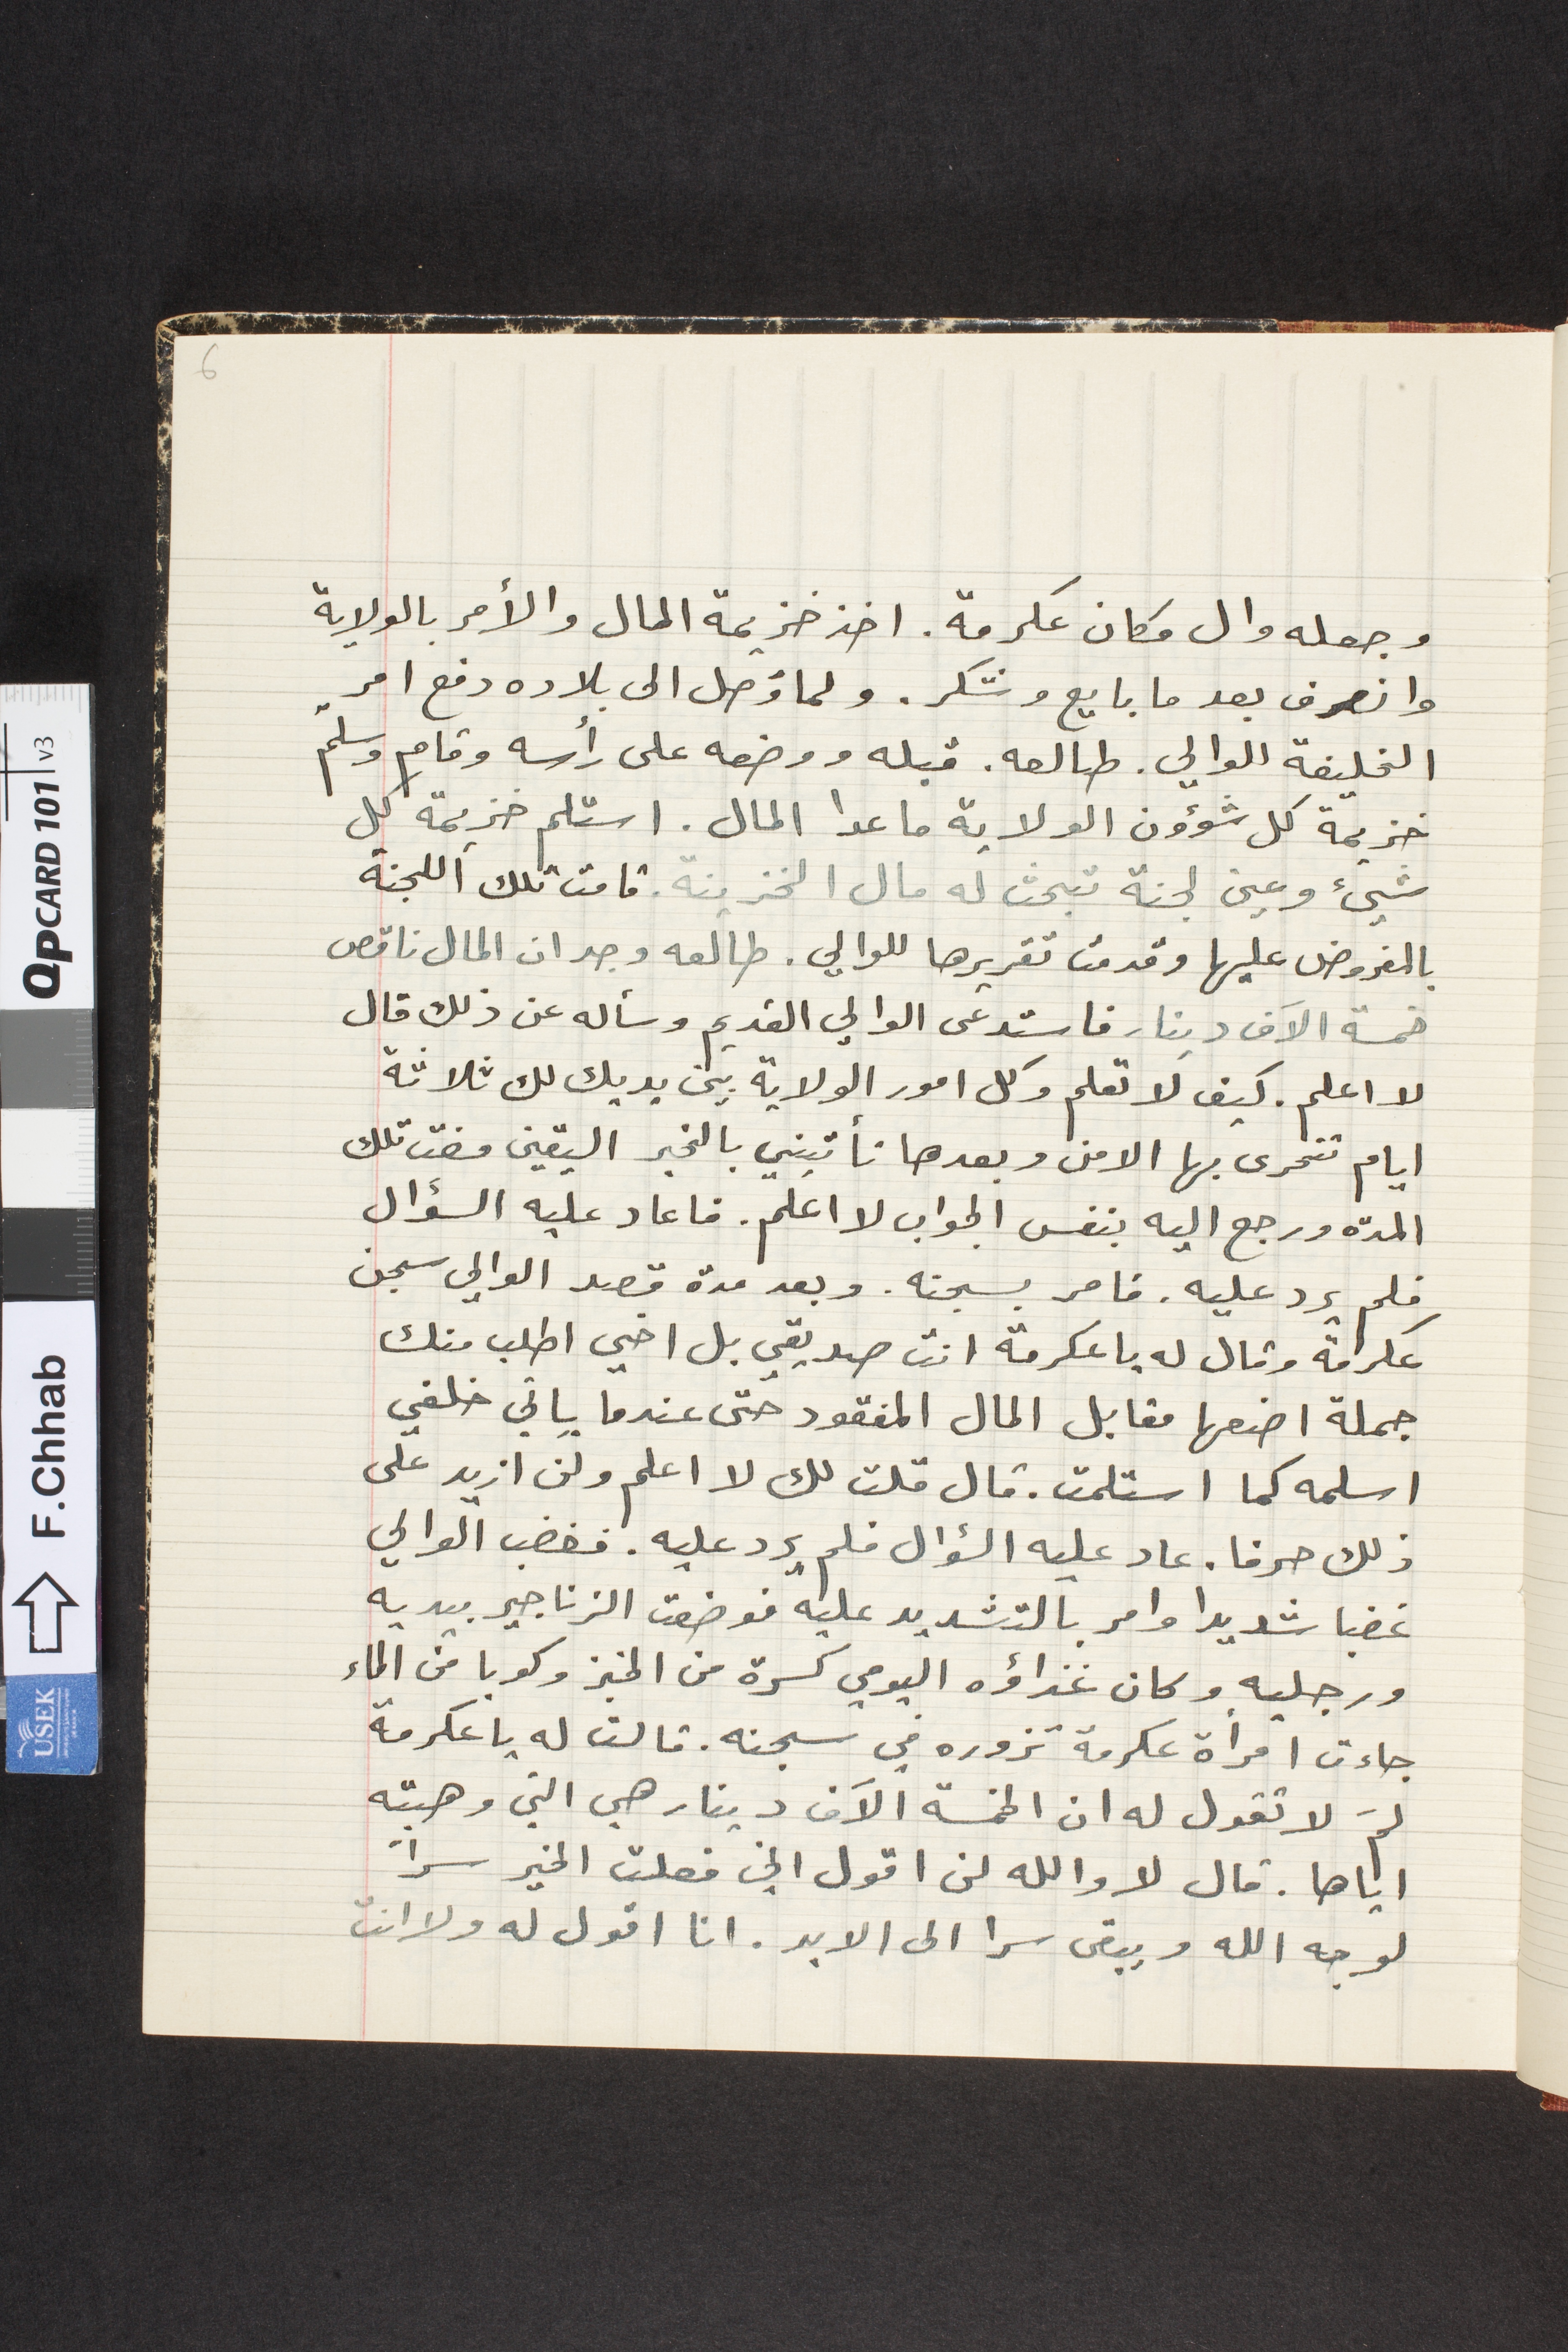
وجعله وال مكان عكرمة. اخذ خزيمة المال والأمر بالولاية
وانصرف بعدما بايع وشكر. ولما وَصل الى بلاده دفع امر

الخليفة الوالى. طالعه.  قبله ووضعه على رأسه وقام وسلمّ
خزيمة كل شؤون الولاية ما عدا المال. استلم خزيمة كل
شيئ وعين لجنة تبحث له مال الخزينة. قامت تلك اللجنة
بالمفروض عليها وقدمت تقريرها للوالي. طالعه وجد ان المال ناقص
خمسة الاَف دينار فاستدعى الوالي القديم وسأله عن ذلك قال
لا اعلم. كيف لا تعلم وكل امور الولاية بين يديك لك ثلاثة
ايام تتحرى بها الامن وبعدها تأتيني بالخبر اليقين مضت تلك
المدة ورجع اليه بنفس الجواب لا اعلم. فاعاد عليه السؤال
فلم يرد عليه. فامر بسجنه. وبعد مدة قصد الوالي سجن
عكرمة وقال له يا عكرمة انت صديقي بل اخي اطلب منك
جملة اضعها مقابل المال المفقود حتى عندما ياتي خلفي
اسلمه كما استلمت. قال قلت لك لا اعلم ولن ازيد على
ذلك حرفا. عاد اليه السؤال فلم يرد عليه. فغضب الوالي
غضبا شديدا وامر بالتشديد عليه فوضعت الزناجير بيديه
ورجليه وكان غذاؤه اليومي كسرة من الخبز وكوبا من الماء
جاءت امرأة عكرمة تزوره في سجنه. قالت له يا عكرمة
لمَ لا تقول له ان الخمسة الاَف دينار هي التي وهبته
اياها. قال لا والله لن اقول اني فعلت الخير سراً
لوجه الله ويبقى سرا الى الابد. انا اقول له ولا انت